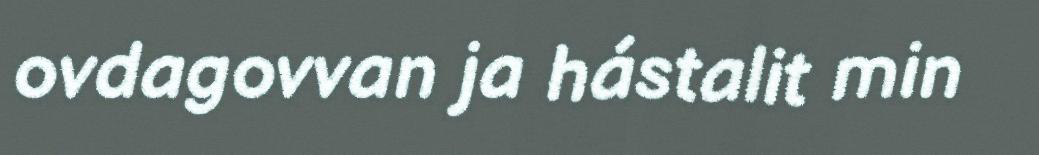
ovdagovvan ja hástalit min